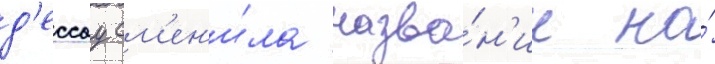
д'ессау см'ен'и́ла назва́н'ие на́